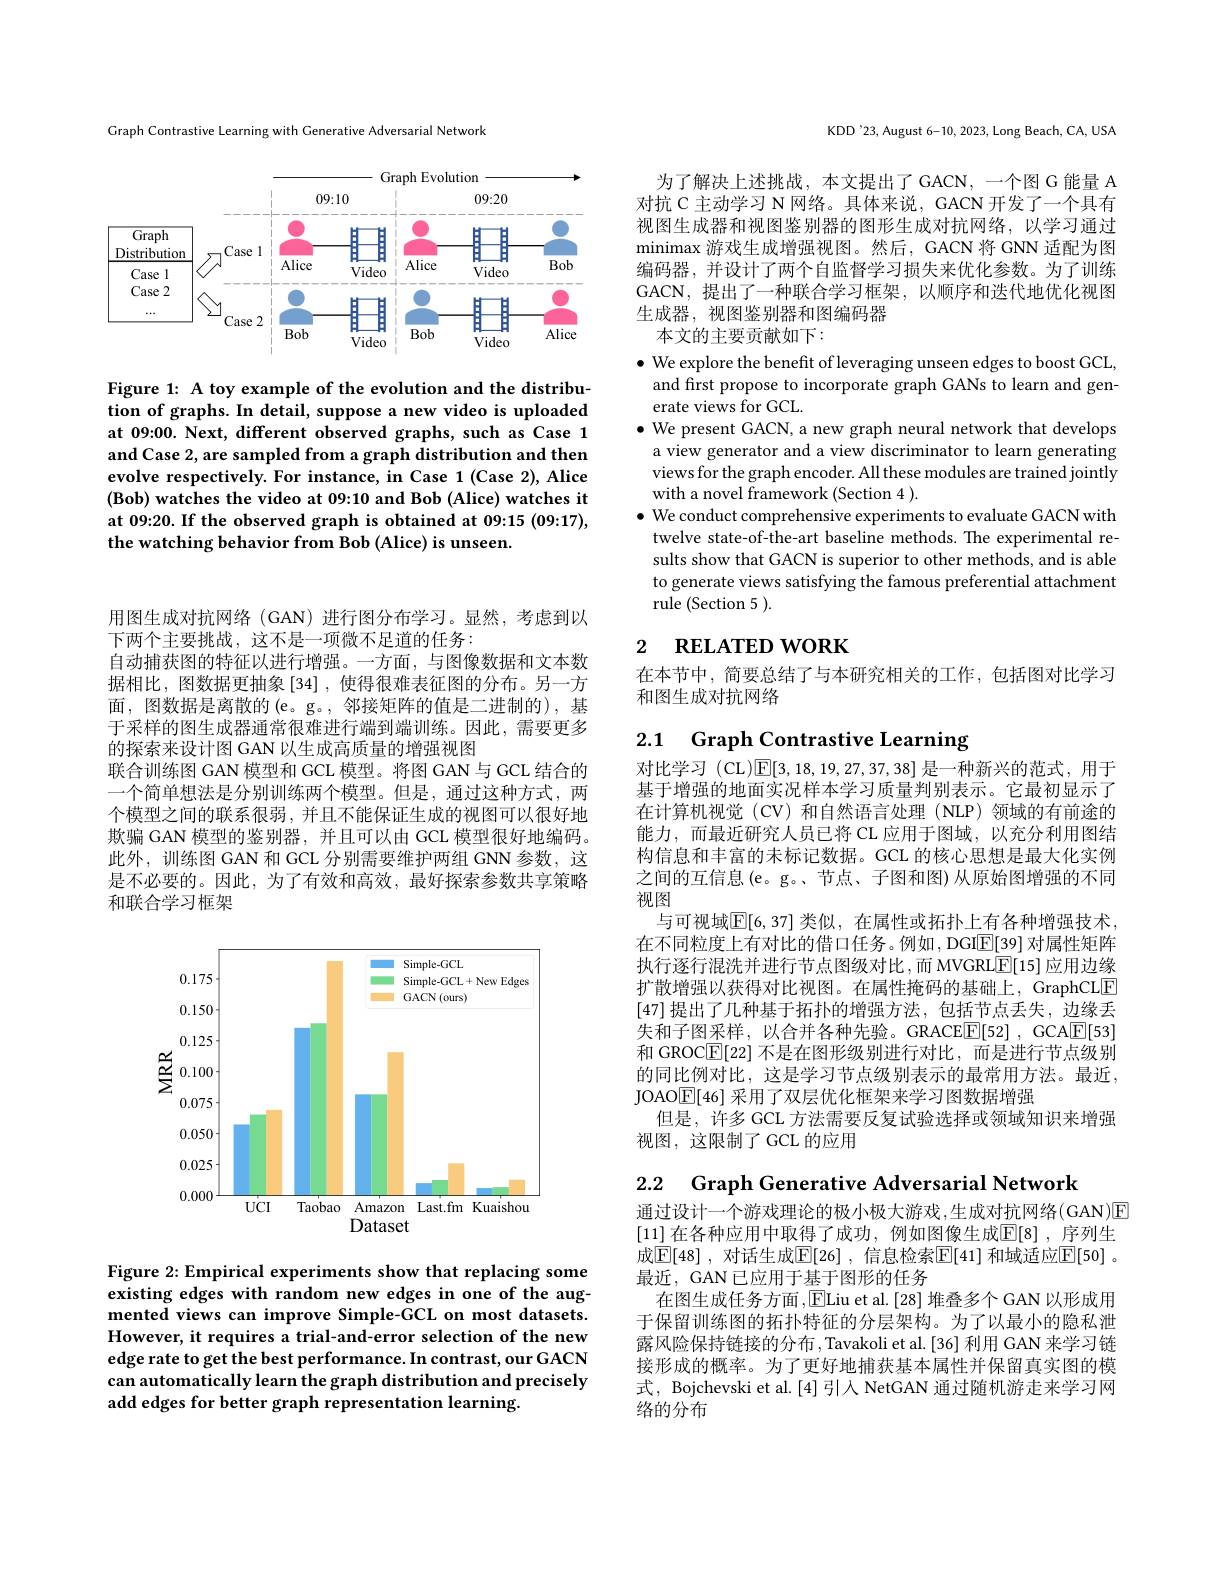
Graph Contrastive Learning with Generative Adversarial Network

<FigureHere>

Figure 1: A toy example of the evolution and the distribution of graphs. In detail, suppose a new video is uploaded at 09:00. Next, different observed graphs, such as Case 1 and Case 2, are sampled from a graph distribution and then evolve respectively. For instance, in Case 1 (Case 2), Alice (Bob) watches the video at 09:10 and Bob (Alice) watches it at 09:20. If the observed graph is obtained at 09:15 (09:17), the watching behavior from Bob (Alice) is unseen.

用图生成对抗网络 (GAN) 进行图分布学习。显然，考虑到以
下两个主要挑战，这不是一项微不足道的任务：
自动捕获图的特征以进行增强。一方面，与图像数据和文本数据相比，图数据更抽象[34] ,使得很难表征图的分布。另一方面，图数据是离散的(e。g。,邻接矩阵的值是二进制的),基于采样的图生成器通常很难进行端到端训练。因此，需要更多的探索来设计图 GAN 以生成高质量的增强视图
联合训练图 GAN 模型和 GCL 模型。将图 GAN 与 GCL 结合的一个简单想法是分别训练两个模型。但是，通过这种方式，两个模型之间的联系很弱，并且不能保证生成的视图可以很好地欺骗 GAN 模型的鉴别器，并且可以由 GCL 模型很好地编码。此外，训练图 GAN 和 GCL 分别需要维护两组 GNN 参数，这是不必要的。因此，为了有效和高效，最好探索参数共享策略和联合学习框架

<FigureHere>

Figure 2: Empirical experiments show that replacing some existing edges with random new edges in one of the augmented views can improve Simple-GCL on most datasets. However, it requires a trial-and-error selection of the new edge rate to get the best performance. In contrast, our GACN can automatically learn the graph distribution and precisely add edges for better graph representation learning.

KDD'23, August 6-10, 2023, Long Beach, CA, USA

为了解决上述挑战，本文提出了GACN，一个图G能量A 对抗 C 主动学习 N 网络。具体来说，GACN 开发了一个具有视图生成器和视图鉴别器的图形生成对抗网络，以学习通过minimax 游戏生成增强视图。然后，GACN 将 GNN 适配为图编码器，并设计了两个自监督学习损失来优化参数。为了训练GACN,提出了一种联合学习框架，以顺序和迭代地优化视图生成器，视图鉴别器和图编码器
本文的主要贡献如下：

$\bullet$ We explore the benefit of leveraging unseen edges to boost GCL,
and first propose to incorporate graph GANs to learn and gen-
erate views for GCL.
$\bullet$ We present GACN, a new graph neural network that develops a view generator and a view discriminator to learn generating views for the graph encoder. All these modules are trained jointly with a novel framework (Section 4 ).
$\bullet$ We conduct comprehensive experiments to evaluate GACN with
twelve state-of-the-art baseline methods. The experimental results show that GACN is superior to other methods, and is able to generate views satisfying the famous preferential attachment rule (Section 5 ).

# 2 RELATED WORK

在本节中，简要总结了与本研究相关的工作，包括图对比学习
和图生成对抗网络

## 2.1 Graph Contrastive Learning

对比学习 (CL)$\mathbb{E}[3,18,19,27,37,38]$是一种新兴的范式，用于基于增强的地面实况样本学习质量判别表示。它最初显示了在计算机视觉 (CV)和自然语言处理(NLP)领域的有前途的能力，而最近研究人员已将 CL 应用于图域，以充分利用图结构信息和丰富的未标记数据。GCL 的核心思想是最大化实例之间的互信息(e。g。、节点、子图和图)从原始图增强的不同视图
与可视域$\mathbb{E}[6,37]$ 类似，在属性或拓扑上有各种增强技术在不同粒度上有对比的借口任务。例如，DGI$\underline{\mathrm{E}}[39]$对属性矩阵执行逐行混洗并进行节点图级对比，而 MVGRL$\underline{\mathrm{E}}[15]$ 应用边缘扩散增强以获得对比视图。在属性掩码的基础上，GraphCLE [47]提出了几种基于拓扑的增强方法，包括节点丢失，边缘丢失和子图采样，以合并各种先验。GRACE[E][52] ,GCA[E[53] 和 GROC$\boxed{\mathbb{F}}[22]$不是在图形级别进行对比，而是进行节点级别的同比例对比，这是学习节点级别表示的最常用方法。最近， JOAO$\underline{\mathrm{E}}[46]$采用了双层优化框架来学习图数据增强
但是，许多 GCL 方法需要反复试验选择或领域知识来增强
视图，这限制了 GCL 的应用

2.2 $\textbf{Graph Generative Adversarial Network}$

通过设计一个游戏理论的极小极大游戏，生成对抗网络(GAN)E [11] 在各种应用中取得了成功，例如图像生成$\mathbb{E}[8]$ ,序列生成$\overline{\mathbb{E}}[48]$ ,对话生成$\underline{\mathbb{E}}[26]$ ,信息检索$\overline{\mathbb{E}}[41]$ 和域适应$\underline{\mathbb{F}}[50]$ 。最近，GAN 已应用于基于图形的任务
在图生成任务方面，ELiu et al.[28] 堆叠多个 GAN 以形成用于保留训练图的拓扑特征的分层架构。为了以最小的隐私泄露风险保持链接的分布，Tavakoli et al. [36] 利用 GAN 来学习链接形成的概率。为了更好地捕获基本属性并保留真实图的模式，Bojchevski et al.[4]引入 NetGAN 通过随机游走来学习网络的分布